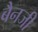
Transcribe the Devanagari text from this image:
बैनजी